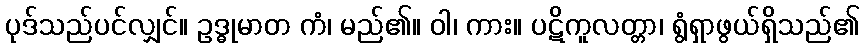
ပုဒ်သည်ပင်လျှင်။ ဥဒ္ဓုမာတ ကံ၊ မည်၏။ ဝါ၊ ကား။ ပဋိကူလတ္တာ၊ ရွံရှာဖွယ်ရှိသည်၏